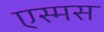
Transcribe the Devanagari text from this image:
एस्मस